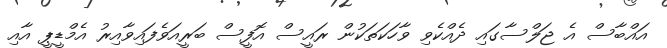
އައްބާސް އެ ޖަލްސާގައި ދެއްކެވި ވާހަކަތަކުން ރައީސް އޮފީސް ބަރީއަވެފައިވާއިރު އެމްޑީޕީ އާއި